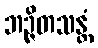
ဘဉ္ဇိတသန္တံ